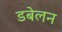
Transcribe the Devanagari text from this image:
डबेलन